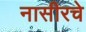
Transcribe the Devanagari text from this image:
नासीरचे